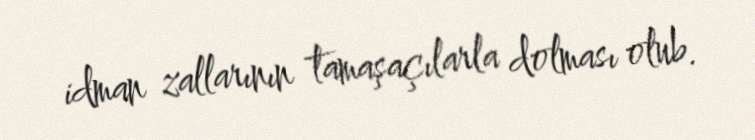
idman zallarının tamaşaçılarla dolması olub.